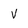
Character: v